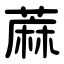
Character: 蔴